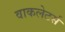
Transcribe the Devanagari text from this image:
वाकलेटर्स